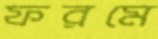
ফরমে